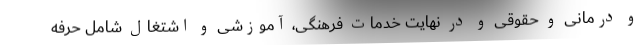
و درمانی و حقوقی و در نهایت خدمات فرهنگی، آموزشی و اشتغال شامل حرفه